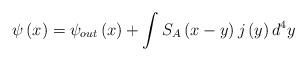
LaTeX: \begin{align*}\psi \left( x\right) =\psi _{out}\left( x\right) +\int S_{A}\left(x-y\right) j\left( y\right) d^{4}y \end{align*}